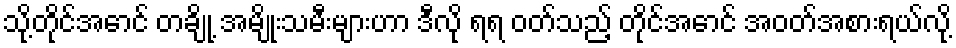
သို့တိုင်အောင် တချို့ အမျိုးသမီးများဟာ ဒီလို ရရ ဝတ်သည့် တိုင်အောင် အဝတ်အစားရယ်လို့